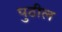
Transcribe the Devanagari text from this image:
पुठील